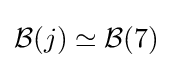
{\mathcal {B}}(j)\simeq {\mathcal {B}}(7)